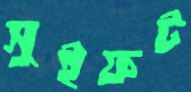
সুইফট